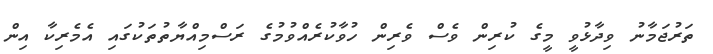
ތަރުޖަމާނު ވިދާޅުވީ މީގެ ކުރިން ވެސް ވެރިން ހުވާކުރެއްވުމުގެ ރަސްމިއްޔާތުތަކުގައި އެމެރިކާ އިން